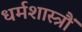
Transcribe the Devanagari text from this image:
धर्मशास्त्रौं